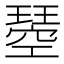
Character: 𭹸